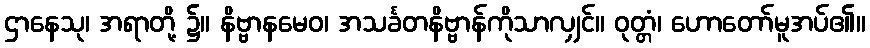
ဌာနေသု၊ အရာတို့ ၌။ နိဗ္ဗာနမေဝ၊ အသင်္ခတနိဗ္ဗာန်ကိုသာလျှင်။ ဝုတ္တံ၊ ဟောတော်မူအပ်၏။